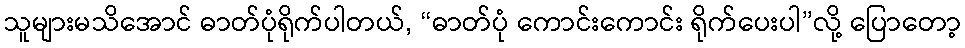
သူများမသိအောင် ဓာတ်ပုံရိုက်ပါတယ်, “ဓာတ်ပုံ ကောင်းကောင်း ရိုက်ပေးပါ”လို့ ပြောတော့